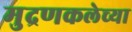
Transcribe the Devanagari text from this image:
मुद्रणकलेच्या